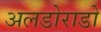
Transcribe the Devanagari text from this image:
अलडोराडो